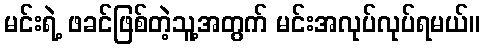
မင်းရဲ့ ဖခင်ဖြစ်တဲ့သူ့အတွက် မင်းအလုပ်လုပ်ရမယ်။